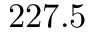
2 2 7 . 5